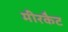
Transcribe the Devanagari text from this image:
मीरकैट